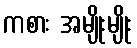
ကစား အမျိုးမျိုး